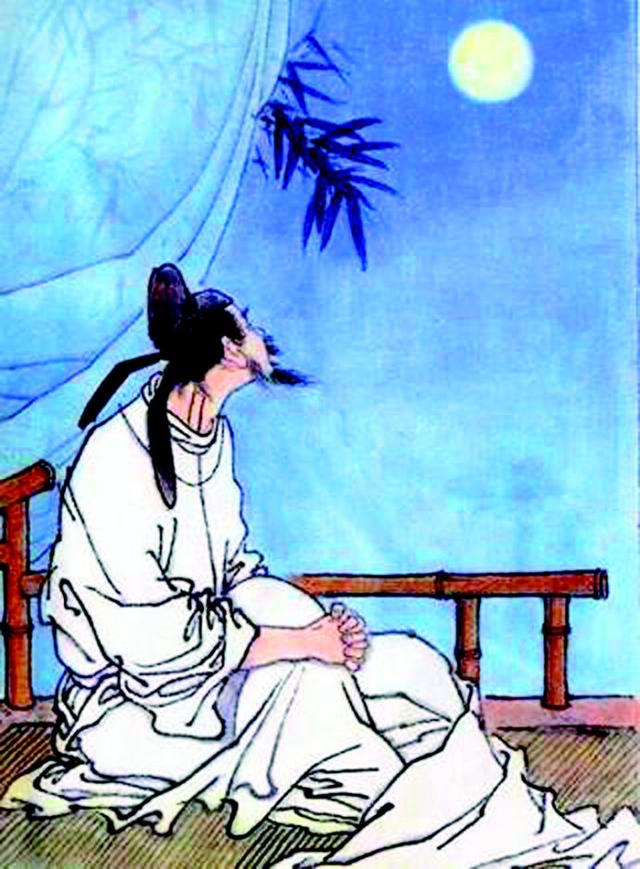
人攀明月不可得，月行却与人相随。